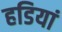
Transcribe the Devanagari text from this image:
हडियां